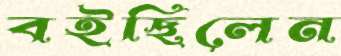
বইছিলেন